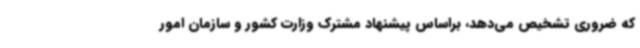
که ضروری تشخیص می‌دهد، براساس پیشنهاد مشترک وزارت کشور و سازمان امور